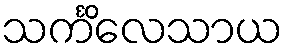
သင်္ကိလေသာယ